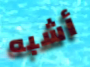
أشبه